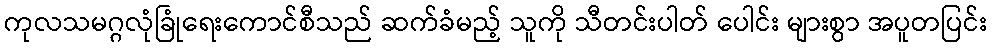
ကုလသမဂ္ဂလုံခြုံရေးကောင်စီသည် ဆက်ခံမည့် သူကို သီတင်းပါတ် ပေါင်း များစွာ အပူတပြင်း